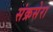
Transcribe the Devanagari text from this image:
संक्रसेरा